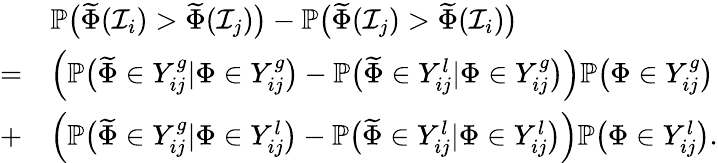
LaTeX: \begin{array}{rl}&{\mathbb{P}\big(\widetilde{\Phi}(\mathcal{I}_{i})>\widetilde{\Phi}(\mathcal{I}_{j})\big)-\mathbb{P}\big(\widetilde{\Phi}(\mathcal{I}_{j})>\widetilde{\Phi}(\mathcal{I}_{i})\big)}\\ {=}&{\Big(\mathbb{P}\big(\widetilde{\Phi}\in Y_{ij}^{g}|\Phi\in Y_{ij}^{g}\big)-\mathbb{P}\big(\widetilde{\Phi}\in Y_{ij}^{l}|\Phi\in Y_{ij}^{g}\big)\Big)\mathbb{P}\big(\Phi\in Y_{ij}^{g}\big)}\\ {+}&{\Big(\mathbb{P}\big(\widetilde{\Phi}\in Y_{ij}^{g}|\Phi\in Y_{ij}^{l}\big)-\mathbb{P}\big(\widetilde{\Phi}\in Y_{ij}^{l}|\Phi\in Y_{ij}^{l}\big)\Big)\mathbb{P}\big(\Phi\in Y_{ij}^{l}\big).}\end{array}